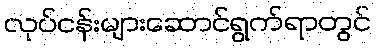
လုပ်ငန်းများဆောင်ရွက်ရာတွင်